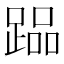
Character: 𲃳